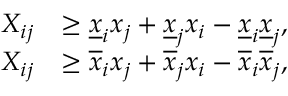
\begin{array} { r l } { X _ { i j } } & { \geq \underline { { x } } _ { i } x _ { j } + \underline { { x } } _ { j } x _ { i } - \underline { { x } } _ { i } \underline { { x } } _ { j } , } \\ { X _ { i j } } & { \geq \overline { { x } } _ { i } x _ { j } + \overline { { x } } _ { j } x _ { i } - \overline { { x } } _ { i } \overline { { x } } _ { j } , } \end{array}